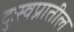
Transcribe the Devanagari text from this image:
दुःस्वप्नातील